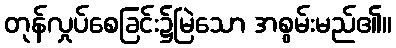
တုန်လှုပ်စေခြင်း၌မြဲသော အစွမ်းမည်၏။